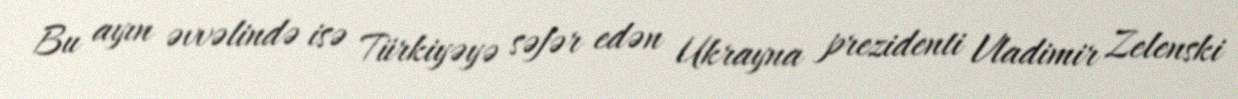
Bu ayın əvvəlində isə Türkiyəyə səfər edən Ukrayna prezidenti Vladimir Zelenski